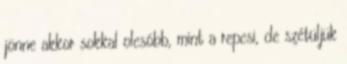
jönne akkor sokkal olcsóbb, mint a repcsi, de szétüljük